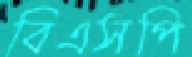
বিএসপি